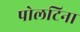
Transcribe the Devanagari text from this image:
पोलटिना